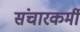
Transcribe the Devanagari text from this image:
संचारकर्मी